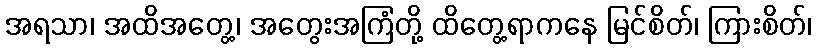
အရသာ၊ အထိအတွေ့၊ အတွေးအကြံတို့ ထိတွေ့ရာကနေ မြင်စိတ်၊ ကြားစိတ်၊